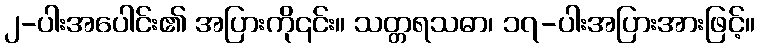
၂-ပါးအပေါင်း၏ အပြားကို၎င်း။ သတ္တရသဓာ၊ ၁၇-ပါးအပြားအားဖြင့်။